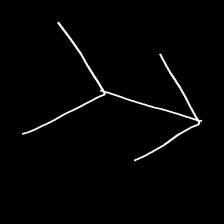
Glyph: gather